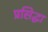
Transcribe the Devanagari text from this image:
प्रसिद्धा